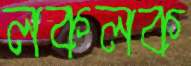
লকলক